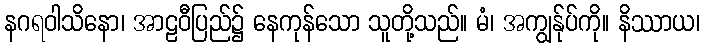
နဂရဝါသိနော၊ အာဠဝီပြည်၌ နေကုန်သော သူတို့သည်။ မံ၊ အကျွန်ုပ်ကို။ နိဿာယ၊